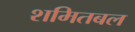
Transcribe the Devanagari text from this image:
शमितबल